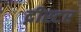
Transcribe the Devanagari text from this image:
द्नीस्टर